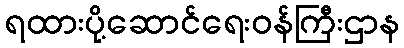
ရထားပို့ဆောင်ရေးဝန်ကြီးဌာန